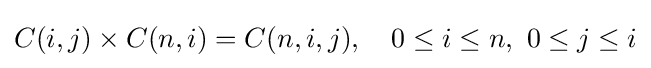
C(i,j)\times C(n,i)=C(n,i,j),\quad 0\leq i\leq n,\ 0\leq j\leq i